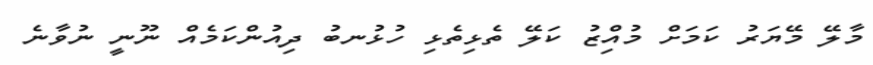
މާލޭ މޭޔަރު ކަމަށް މުއިިިިިްޒު ކަލޭ ތެޅިތެޅި ހުޅުނބު ދިއުންކަމެއް ނޫނީ ނުވާނެ